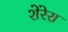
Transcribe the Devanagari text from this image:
शेरेरा